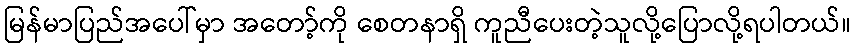
မြန်မာပြည်အပေါ်မှာ အတော့်ကို စေတနာရှိ ကူညီပေးတဲ့သူလို့ပြောလို့ရပါတယ်။